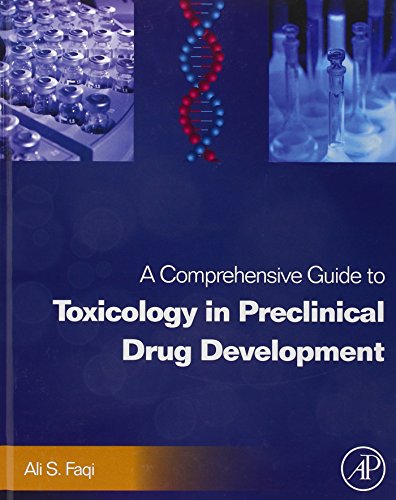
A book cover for A Comprehensive Guide to Toxicology in Preclinical Drug Development; Medical Books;